Causation and prevention of malarial fevers: a statement of the results of researches drawn up for the use of assistant surgeons, hospital assistants and students
Disease focus: Malaria
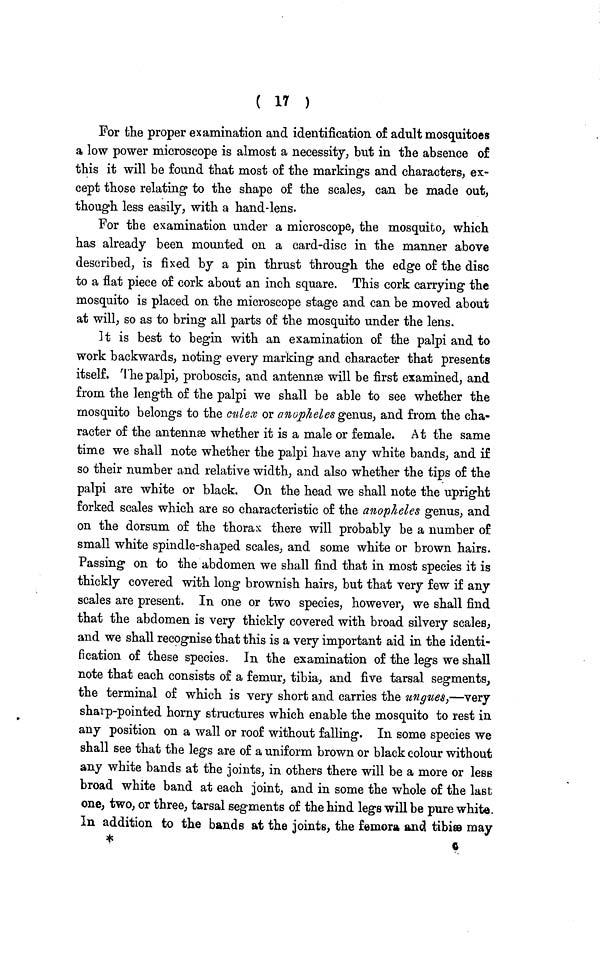
( 17 )
For the proper examination and identification of adult mosquitoes
a low power microscope is almost a necessity, but in the absence of
this it will be found that most of the marking's and characters, ex-
cept those relating to the shape of the scales, can be made out,
though less easily, with a hand-lens.
For the examination under a microscope, the mosquito, which
has already been mounted on a card-disc in the manner above
described, is fixed by a pin thrust through the edge of the disc
to a flat piece of cork about an inch square. This cork carrying the
mosquito is placed on the microscope stage and can be moved about
at will, so as to bring all parts of the mosquito under the lens.
It is best to begin with an examination of the palpi and to
work backwards, noting every marking and character that presents
itself. The palpi, proboscis, and antennae will be first examined, and
from the length of the palpi we shall be able to see whether the
mosquito belongs to the culex or anopheles genus, and from the cha-
racter of the antennæ whether it is a male or female. At the same
time we shall note whether the palpi have any white bands, and if
so their number and relative width, and also whether the tips of the
palpi are white or black. On the head we shall note the upright
forked scales which are so characteristic of the anopheles genus, and
on the dorsum of the thorax there will probably be a number of
small white spindle-shaped scales, and some white or brown hairs.
Passing on to the abdomen we shall find that in most species it is
thickly covered with long brownish hairs, but that very few if any
scales are present. In one or two species, however, we shall find
that the abdomen is very thickly covered with broad silvery scales,
and we shall recognise that this is a very important aid in the identi-
fication of these species. In the examination of the legs we shall
note that each consists of a femur, tibia, and five tarsal segments,
the terminal of which is very short and carries the ungues,—very
sharp-pointed horny structures which enable the mosquito to rest in
any position on a wall or roof without falling. In some species we
shall see that the legs are of a uniform brown or black colour without
any white bands at the joints, in others there will be a more or less
broad white band at each joint, and in some the whole of the last
one, two, or three, tarsal segments of the hind legs will be pure white.
In addition to the bands at the joints, the femora and tibiæ may
*
*